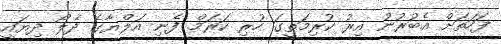
ފަހަތަށް އެބުރުނު އިރު ކުރިމަތީގަ ހުރި ކަރަމް ފެނި އަލްޔާގެ ދެލޯ ދިޔައީ